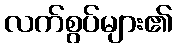
လက်စွပ်များ၏